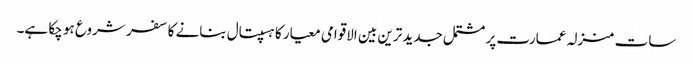
سات منزلہ عمارت پر مشتمل جدید ترین بین الاقوامی معیار کا ہسپتال بنانے کا سفر شروع ہو چکا ہے۔